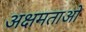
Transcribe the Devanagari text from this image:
अक्षमताओ